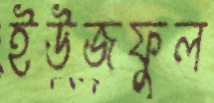
ইউজফুল